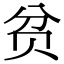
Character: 贫